画像に写った文字を読んでください
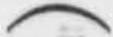
「(」と書いてあります